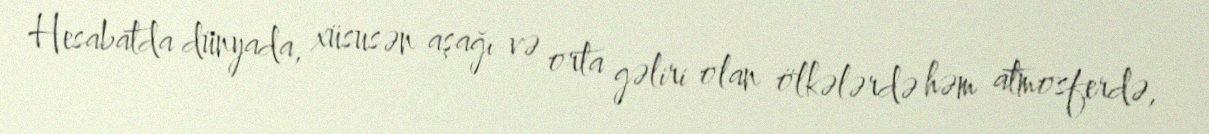
Hesabatda dünyada, xüsusən aşağı və orta gəliri olan ölkələrdə həm atmosferdə,